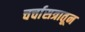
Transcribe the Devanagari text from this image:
चर्चासत्रातून